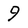
Character: 9